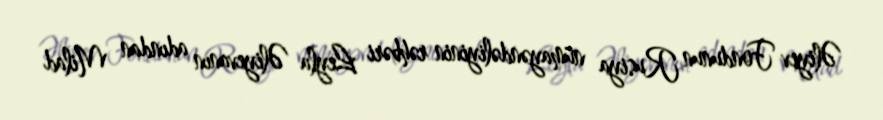
Əliyev Fondunun Rusiya nümayəndəliyinin rəhbəri Leyla Əliyevanın adından Milad